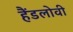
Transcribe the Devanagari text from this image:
हैंडलोवी